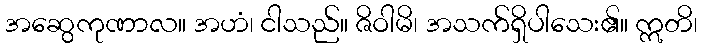
အဆွေကုဏာလ။ အဟံ၊ ငါသည်။ ဇိဝါမိ၊ အသက်ရှိပါသေး၏။ ဣတိ၊